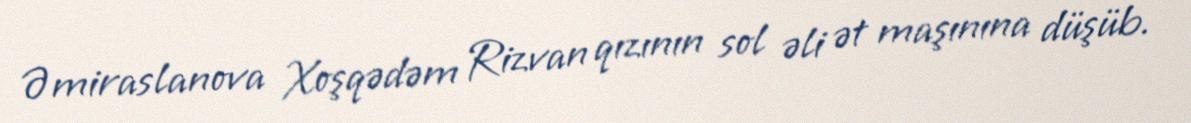
Əmiraslanova Xoşqədəm Rizvan qızının sol əli ət maşınına düşüb.